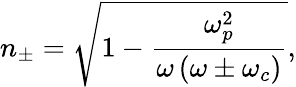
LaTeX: n_{\pm}=\sqrt{1-\frac{\omega_{p}^{2}}{\omega\left(\omega\pm\omega_{c}\right)}},